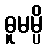
ဓူမမ္ပိ